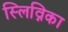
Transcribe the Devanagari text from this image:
स्लिव्निका